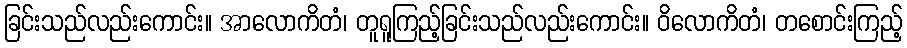
ခြင်းသည်လည်းကောင်း။ အာလောကိတံ၊ တူရူကြည့်ခြင်းသည်လည်းကောင်း။ ဝိလောကိတံ၊ တစောင်းကြည့်